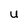
Character: U